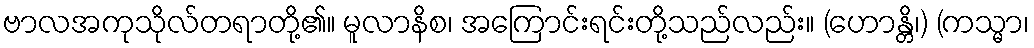
ဗာလအကုသိုလ်တရာတို့၏။ မူလာနိစ၊ အကြောင်းရင်းတို့သည်လည်း။ (ဟောန္တိ၊) (ကသ္မာ၊